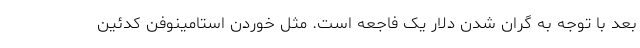
بعد با توجه به گران شدن دلار یک فاجعه است. مثل خوردن استامینوفن کدئین